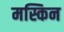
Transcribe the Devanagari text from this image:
मस्किन